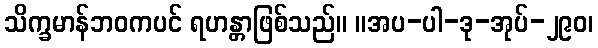
သိက္ခမာန်ဘဝကပင် ရဟန္တာဖြစ်သည်။ ။အပ-ပါ-ဒု-အုပ်-၂၉၀၊